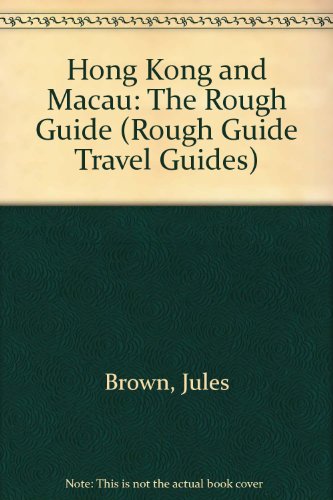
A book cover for Hong Kong and Macau: The Rough Guide (Rough Guide Travel Guides); HELEN LEE' 'JULES BROWN; Travel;